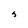
Character: J